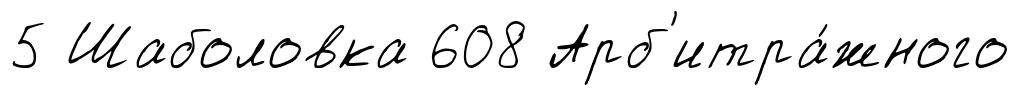
5 Шаболовка 608 Арб'итра́жного